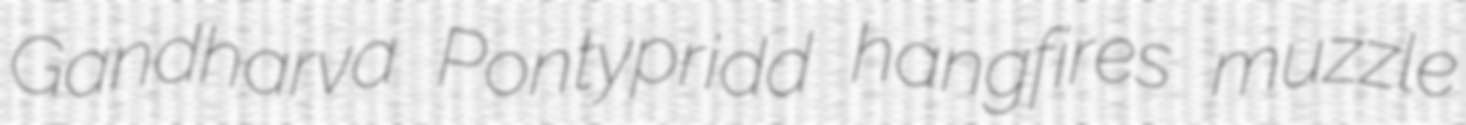
Gandharva Pontypridd hangfires muzzle